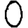
Digit: 0